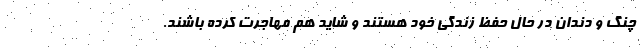
چنگ و دندان در حال حفظ زندگی خود هستند و شاید هم مهاجرت کرده باشند.